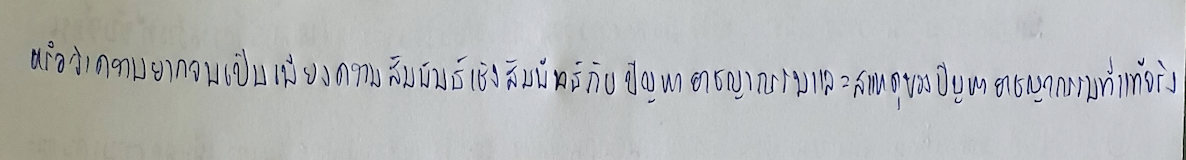
หรือว่าความยากจนเป็นเพียงความสัมพันธ์เชิงสัมพัทธ์กับปัญหาอาชญากรรมและสาเหตุของปัญหาอาชญากรรมที่แท้จริง